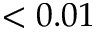
< 0 . 0 1